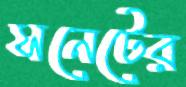
সনেটের